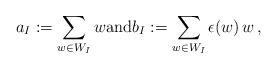
LaTeX: \begin{align*}a_I := \sum_{w\in W_I} w \textrm{and}b_I := \sum_{w\in W_I} \epsilon(w)\, w\,,\end{align*}